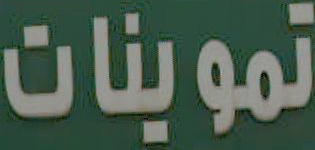
تموينات